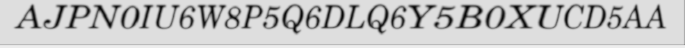
AJPN0IU6W8P5Q6DLQ6Y5B0XUCD5AA